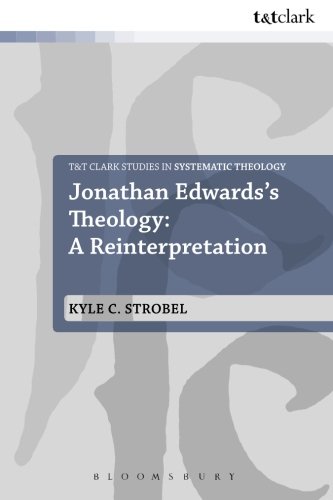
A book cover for Jonathan Edwards's Theology: A Reinterpretation (T&T Clark Studies in Systematic Theology); Kyle C. Strobel; Christian Books & Bibles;